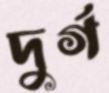
দুর্গ